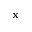
\textbf { x }